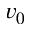
v _ { 0 }